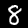
Label: 8